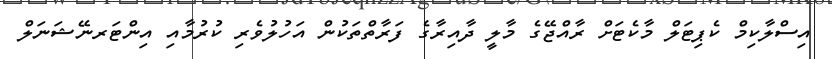
އިސްލާކިމް ކެޕިޓަލް މާކެޓަށް ރާއްޖޭގެ މާލީ ދާއިރާގެ ފަރާތްތަކުން އަހުލުވެރި ކުރުމާއި އިންޓަރނޭޝަނަލް